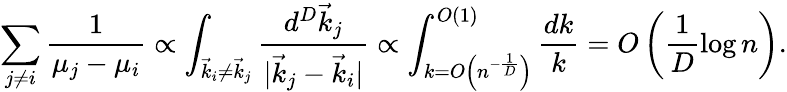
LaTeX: \sum_{j\neq i}\frac{1}{\mu_{j}-\mu_{i}}\propto\int_{\vec{k}_{i}\neq\vec{k}_{j}}\frac{d^{D}\vec{k}_{j}}{\vert\vec{k}_{j}-\vec{k}_{i}\vert}\propto\int_{k=O\left(n^{-\frac 1D}\right)}^{O(1)}\frac{dk}{k}=O\left(\frac 1D\log n\right).